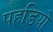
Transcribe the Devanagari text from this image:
पहडियो